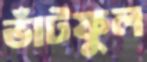
ভাঁটফুল